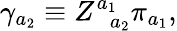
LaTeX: \gamma_{a_{2}}\equiv Z_{\; \; a_{2}}^{a_{1}}\pi_{a_{1}},